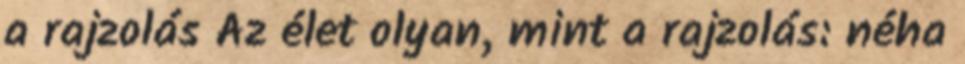
a rajzolás Az élet olyan, mint a rajzolás: néha